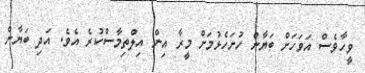
ވީހާވެސް އަވަހަށް ބަޔާން ހުށަހެޅުމަށް މީރާ އިން އިލްތިމާސްކުރެ އެވެ. އަދި ބަޔާން